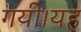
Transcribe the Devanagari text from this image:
गयी।यह